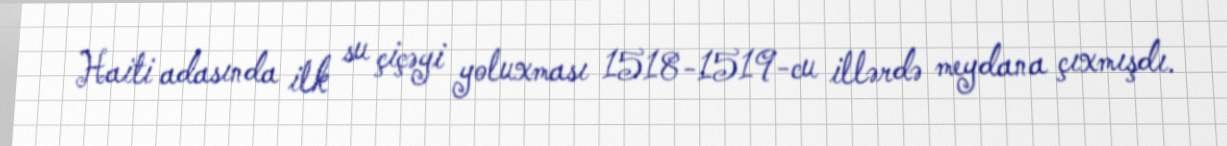
Haiti adasında ilk su çiçəyi yoluxması 1518-1519-cu illərdə meydana çıxmışdı.